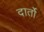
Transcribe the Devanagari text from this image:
दार्तो